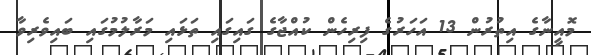
މޮއީނާގެ އިތުރުން 13 އަހަރުގެ ފިރިހެން ކުއްޖާގެ ގައިގައި ތަޅައި މަރާލުމުގައި ބައިވެރިވާ